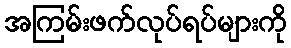
အကြမ်းဖက်လုပ်ရပ်များကို